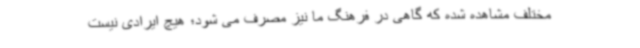
مختلف مشاهده شده که گاهی در فرهنگ ما نیز مصرف می شود؛ هیچ ایرادی نیست